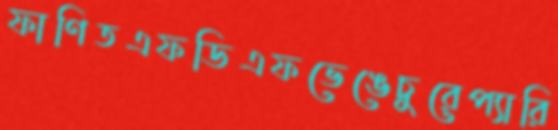
ফাণিতএফডিএফভেঙেচুরেপ্যারি